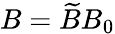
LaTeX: B=\widetilde{B}{B_{0}}